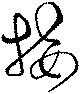
接